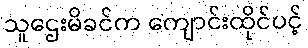
သူဌေးမိခင်က ကျောင်းထိုင်ပင့်